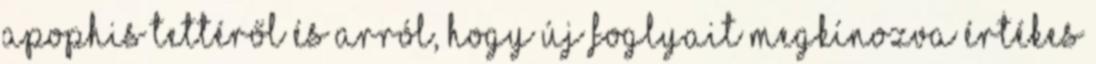
Apophis tettéről és arról, hogy új foglyait megkínozva értékes